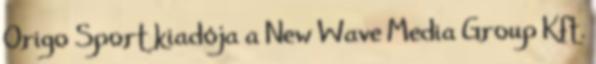
Origo Sport kiadója a New Wave Media Group Kft.